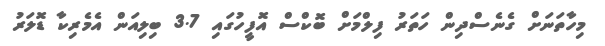
މިހާތަނަށް ގެނެސްދިން ހަތަރު ފިލްމަށް ބޮކްސް އޮފީހުގައި 3.7 ބިލިއަން އެމެރިކާ ޑޮލަރު